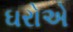
ઘરોએ